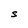
Character: S